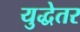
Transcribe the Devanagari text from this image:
युद्धेतर